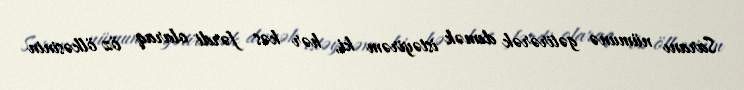
Saranı nümunə gətirərək demək istəyirəm ki, hər kəs fərdi olaraq öz ölkəsinin